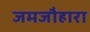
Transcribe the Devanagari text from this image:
जमजौहारा